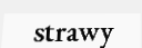
strawy